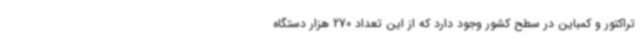
تراکتور و کمباین در سطح کشور وجود دارد که از این تعداد 270 هزار دستگاه